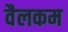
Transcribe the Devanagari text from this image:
वैलकम